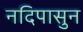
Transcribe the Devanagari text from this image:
नदिपासुन